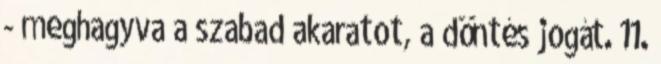
- meghagyva a szabad akaratot, a döntés jogát. 11.